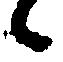
候